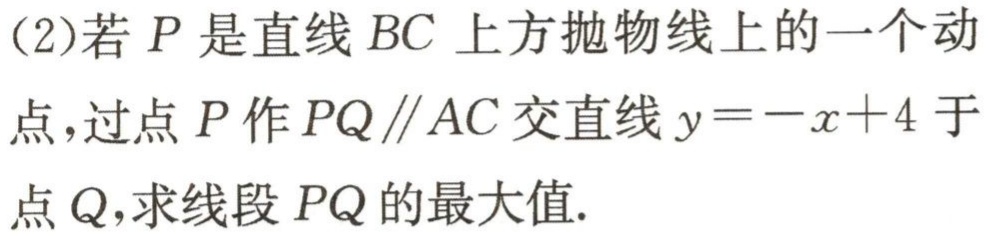
(2)若\(P\)是直线\(BC\)上方抛物线上的一个动点，过点\(P\)作\(PQ\parallel AC\)交直线\(y = -x + 4\)于点\(Q\)，求线段\(PQ\)的最大值.